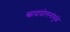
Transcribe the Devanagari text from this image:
स्वादांदोलनांमुळे